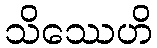
သိဿေဟိ